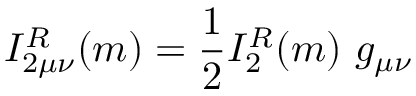
I _ { 2 \mu \nu } ^ { R } ( m ) = \frac { 1 } { 2 } I _ { 2 } ^ { R } ( m ) \ g _ { \mu \nu }